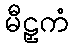
မီဠှကံ